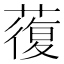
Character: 蕧